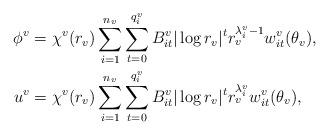
LaTeX: \begin{align*} \phi^v &= \chi^v(r_v) \sum_{i=1}^{n_v}\sum_{t=0}^{q_i^v} B_{it}^v |\log r_v|^t r_v^{\lambda_i^v-1} w_{it}^v(\theta_v), \\ u^v &= \chi^v(r_v) \sum_{i=1}^{n_v}\sum_{t=0}^{q_i^v} B_{it}^v |\log r_v|^t r_v^{\lambda_i^v} w_{it}^v(\theta_v),\end{align*}